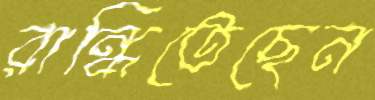
রান্ধিতেছেন